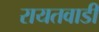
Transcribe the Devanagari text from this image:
रायतवाडी